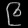
Digit: ၉